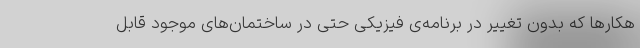
هکارها که بدون تغییر در برنامه‌ی فیزیکی حتی در ساختمان‌های موجود قابل